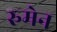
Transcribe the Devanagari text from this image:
रुमेन